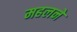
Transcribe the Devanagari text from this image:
महलने